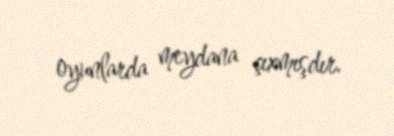
oyunlarda meydana çıxmışdır.